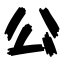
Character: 公